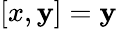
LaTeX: \left[x,\mathbf{y}\right]=\mathbf{y}